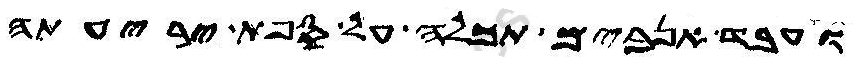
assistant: ועבד אנבים תכלה על ספת יריעתה